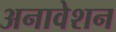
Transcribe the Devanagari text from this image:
अनावेशन